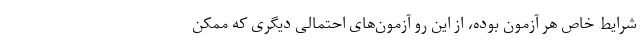
شرایط خاص هر آزمون بوده، از این رو آزمون‌های احتمالی دیگری که ممکن